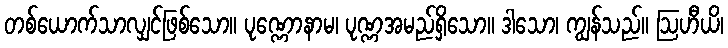
တစ်ယောက်သာလျှင်ဖြစ်သော။ ပုဏ္ဏောနာမ၊ ပုဏ္ဏအမည်ရှိသော။ ဒါသော၊ ကျွန်သည်။ ဩဟီယိ၊